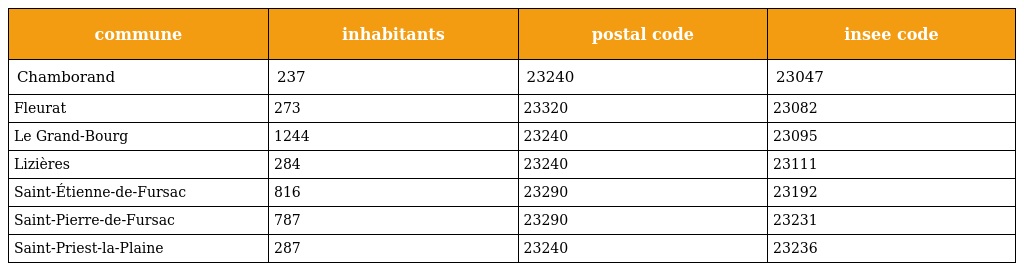
| commune | inhabitants | postal code | insee code |
 | --- | --- | --- | --- |
 | Chamborand | 237 | 23240 | 23047 |
 | Fleurat | 273 | 23320 | 23082 |
 | Le Grand-Bourg | 1244 | 23240 | 23095 |
 | Lizières | 284 | 23240 | 23111 |
 | Saint-Étienne-de-Fursac | 816 | 23290 | 23192 |
 | Saint-Pierre-de-Fursac | 787 | 23290 | 23231 |
 | Saint-Priest-la-Plaine | 287 | 23240 | 23236 |